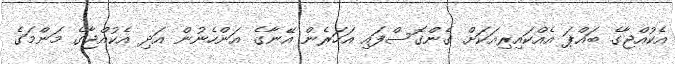
އެކުއްޖާގެ ބައްޕަ އެއްކައިރިއަކަށް ގެންގޮސްފައި އަހަރެން އޭނާގެ އަންހެނުން އަދި އެކުއްޖާގެ މަންމަގެ